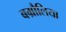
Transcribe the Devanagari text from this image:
बम्रौलिया